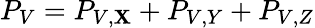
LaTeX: P_{V}=P_{V,\mathbf{X}}+P_{V,Y}+P_{V,Z}